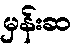
မှန်းဆ